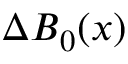
\Delta \boldsymbol { B } _ { 0 } ( \boldsymbol { x } )